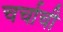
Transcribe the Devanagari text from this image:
चर्चाची